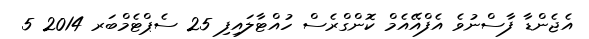
އެޖެންޑާ ފާސްނުވެ އެފްއޭއެމް ކޮންގްރެސް ހުއްޓާލައިފި 25 ސެޕްޓެމްބަރ 2014 5